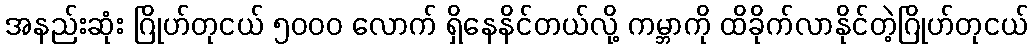
အနည်းဆုံး ဂြိုဟ်တုငယ် ၅၀၀၀ လောက် ရှိနေနိင်တယ်လို့ ကမ္ဘာကို ထိခိုက်လာနိုင်တဲ့ဂြိုဟ်တုငယ်